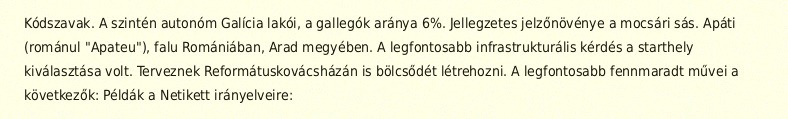
Kódszavak. A szintén autonóm Galícia lakói, a gallegók aránya 6%. Jellegzetes jelzőnövénye a mocsári sás. Apáti (románul "Apateu"), falu Romániában, Arad megyében. A legfontosabb infrastrukturális kérdés a starthely kiválasztása volt. Terveznek Reformátuskovácsházán is bölcsődét létrehozni. A legfontosabb fennmaradt művei a következők: Példák a Netikett irányelveire: